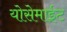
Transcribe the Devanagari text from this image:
योसेमाईट